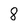
Character: 8